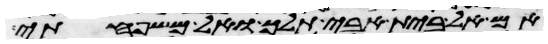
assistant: אם אל בית אבי תלך ואל משפחתי